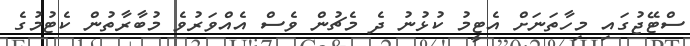
ސްޓޭޖުގައި މިހާތަނަށް އެޓީމު ކުޅުނު ދެ މެޗުން ވެސް އެއްވަރުވެ މުބާރާތުން ކެޓުމުގެ